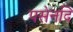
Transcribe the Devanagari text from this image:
पसेनदि